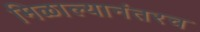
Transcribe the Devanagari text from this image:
मिळाल्यानंतरच